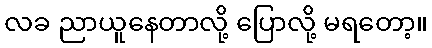
လခ ညာယူနေတာလို့ ပြောလို့ မရတော့။